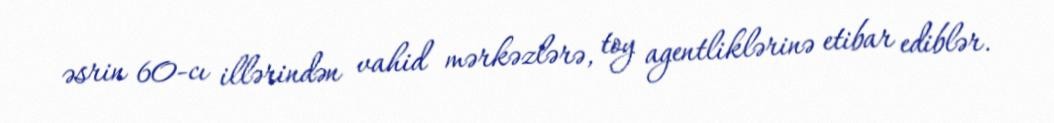
əsrin 60-cı illərindən vahid mərkəzlərə, toy agentliklərinə etibar ediblər.